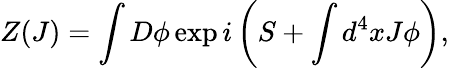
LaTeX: Z(J)=\int D\phi\exp i\left(S+\int d^{4}xJ\phi\right),